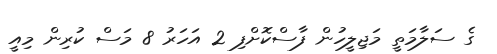
ގެ ސަލާމަތީ މަޖިލީހުން ފާސްކޮށްފި 2 އަހަރު 8 މަސް ކުރިން މިއީ